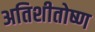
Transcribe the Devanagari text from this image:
अतिशीतोष्ण